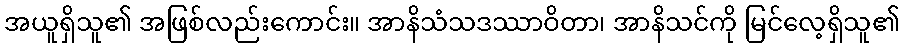
အယူရှိသူ၏ အဖြစ်လည်းကောင်း။ အာနိသံသဒဿာဝိတာ၊ အာနိသင်ကို မြင်လေ့ရှိသူ၏